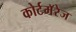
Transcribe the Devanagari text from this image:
कोर्टमॅरेज